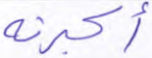
أكبرنه